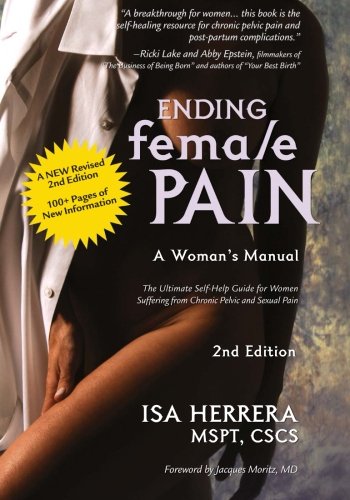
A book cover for Ending Female Pain, A Woman's Manual, Expanded 2nd Edition: The Ultimate Self-Help Guide for Women Suffering From Chronic Pelvic and Sexual Pain; Ms. Isa Herrera MSPT; Medical Books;